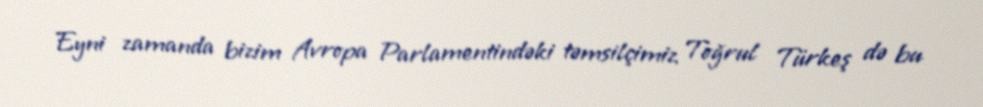
Eyni zamanda bizim Avropa Parlamentindəki təmsilçimiz Toğrul Türkeş də bu